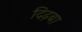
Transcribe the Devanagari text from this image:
दिढ़बा